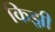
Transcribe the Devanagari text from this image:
किझ़ी